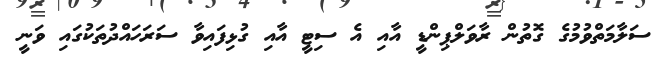
ސަލާމަތްވުމުގެ ގޮތުން ރާވަލްޕިންޑީ އާއި އެ ސިޓީ އާއި ގުޅިފައިވާ ސަރަހައްދުތަކުގައި ވަނީ